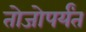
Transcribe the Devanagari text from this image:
तोजोपर्यंत